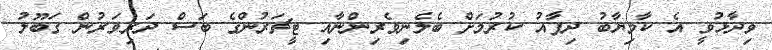
ވިދާޅުވީ އެ ކާމިޔާބު ދިފާއު ކުރުމަށް ބެލެނިވެރިންނާއި ޓީޗަރުންގެ ބަސް ދަރިވަރުން ގަބޫލު